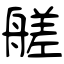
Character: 艖